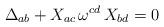
LaTeX: \begin{align*}\Delta_{ab}+X_{ac}\,\omega^{cd}\,X_{bd}=0\end{align*}